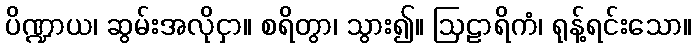
ပိဏ္ဍာယ၊ ဆွမ်းအလိုငှာ။ စရိတွာ၊ သွား၍။ ဩဠာရိကံ၊ ရုန့်ရင်းသော။